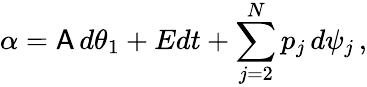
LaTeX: \alpha=\mathsf{A}\, d\theta_{1}+Edt+\sum_{j=2}^{N}p_{j}\, d\psi_{j}\, ,